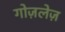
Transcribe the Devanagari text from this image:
गोज़लेज़